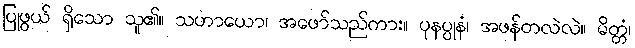
ပြုဖွယ် ရှိသော သူ၏။ သဟာယော၊ အဖော်သည်ကား။ ပုနပ္ပုနံ၊ အဖန်တလဲလဲ။ မိတ္တံ၊